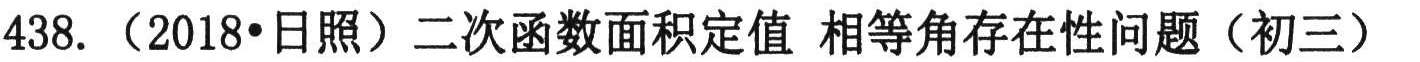
438.（2018•日照）二次函数面积定值 相等角存在性问题（初三）